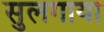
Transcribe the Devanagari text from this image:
सुलगाया